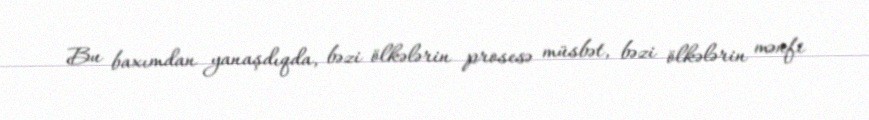
Bu baxımdan yanaşdıqda, bəzi ölkələrin prosesə müsbət, bəzi ölkələrin mənfi